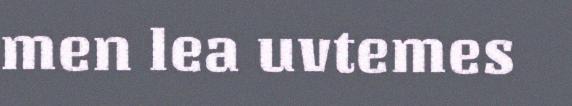
men lea uvtemes